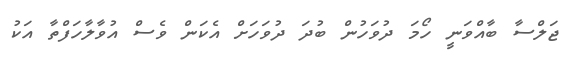
ޖަލްސާ ބާއްވަނީ ހޯމަ ދުވަހުން ބުދަ ދުވަހަށް އެކަން ވެސް އުވާލާހަފްތާ އަކު